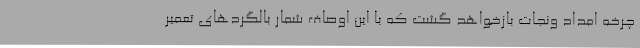
چرخه امداد ونجات بازخواهد گشت که با این اوصاف شمار بالگردهای تعمیر